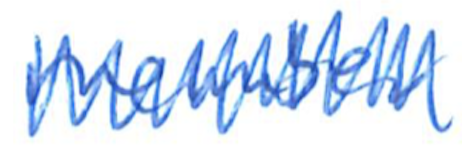
Text: member
Cross-out: zig-zag
Writing tool: ballpoint